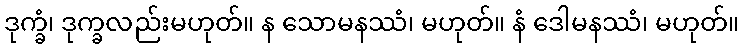
ဒုက္ခံ၊ ဒုက္ခလည်းမဟုတ်။ န သောမနဿံ၊ မဟုတ်။ နံ ဒေါမနဿံ၊ မဟုတ်။